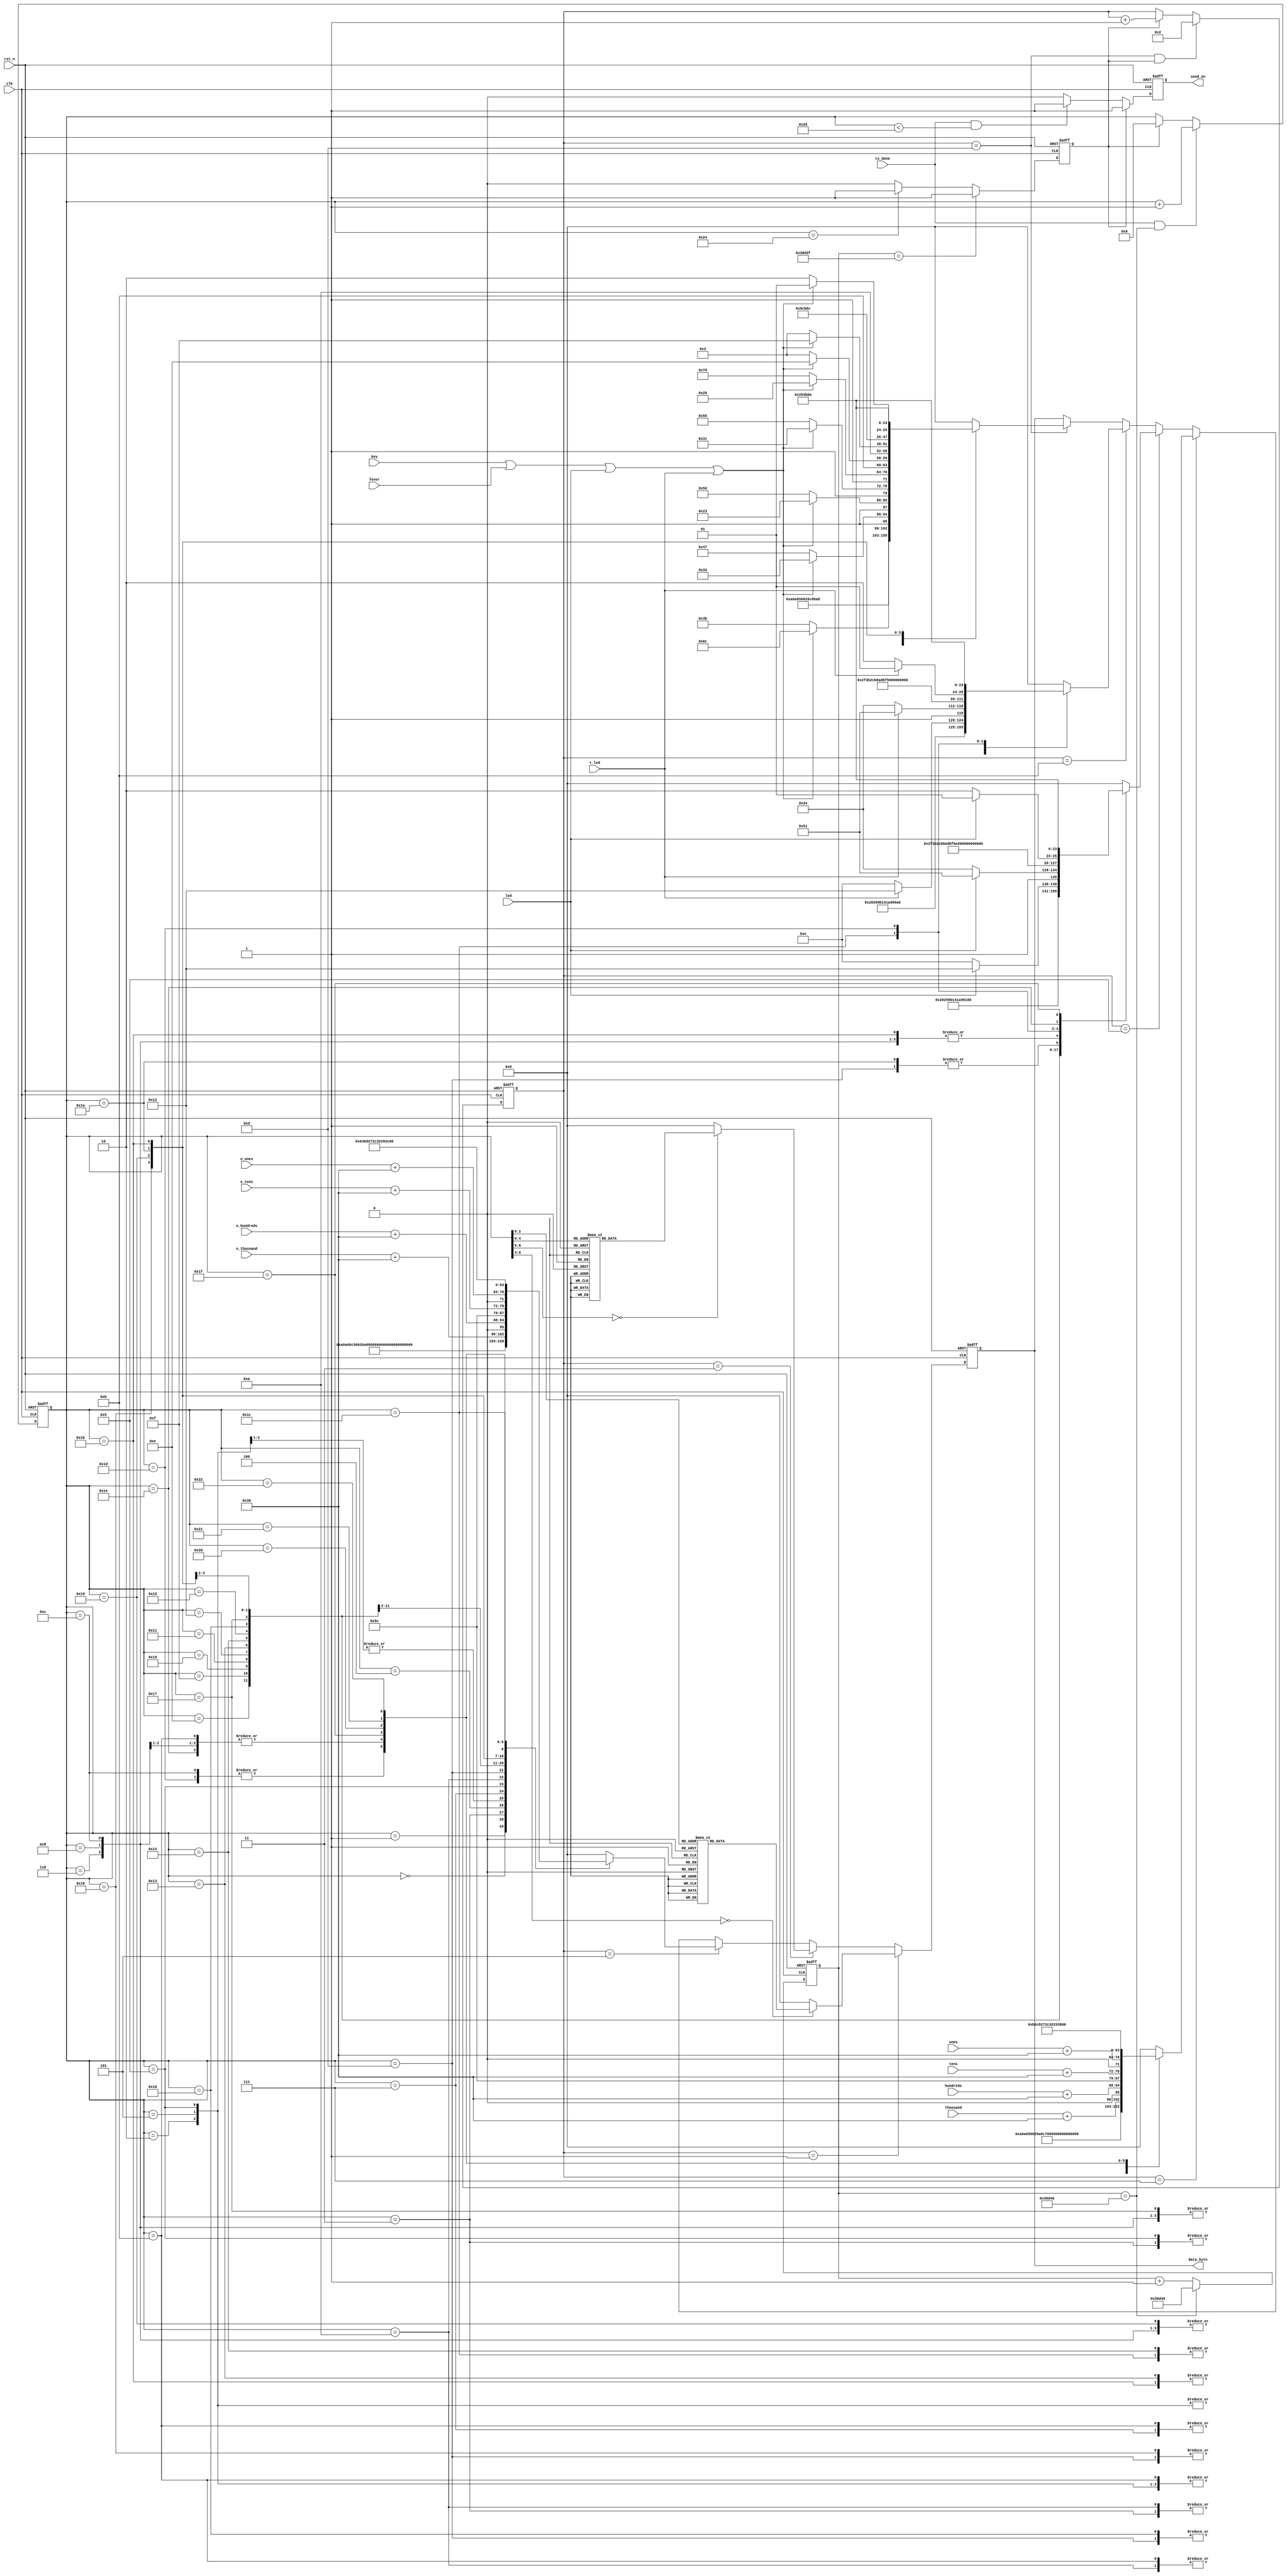
`timescale 1ns / 1ps
//////////////////////////////////////////////////////////////////////////////////
// Company: 
// Engineer: 
// 
// Design Name: 
// Module Name:    tx 
// Project Name: 
// Target Devices: 
// Tool versions: 
// Description: 
//
// Dependencies: 
//
// Revision: 
// Revision 0.01 - File Created
// Additional Comments: 
//
//////////////////////////////////////////////////////////////////////////////////
module tx(clk,rst_n,key,send_en,data_byte,tx_done,fever,led,t_led,o_hundreds,o_ones,o_tens,o_thousand,thousand,hundreds,tens,ones
);
input clk;
input rst_n;
input tx_done;
input key;
input fever;
input led;
input t_led;
input [3:0]	o_thousand	;
input [3:0]	o_hundreds 	;
input [3:0]	o_tens		;
input [3:0]	o_ones		; 
input [3:0]	thousand	;
input [3:0]	hundreds 	;
input [3:0]	tens		;
input [3:0]	ones		;

output reg send_en;
output reg [7:0] data_byte;


wire st;
assign st=key|fever|led|t_led;

reg key_tmp0,key_tmp1,key_tmp2;
reg fever0,fever1,fever2;
reg led_r0,led_r1,led_r2;
reg t_led0,t_led1,t_led2;
reg [8:0] cnt1;

parameter CT=200_000;


reg [20:0] cntr;
always@(posedge clk or negedge rst_n)
if(!rst_n)
cntr<=0;
else if(cntr==CT)
cntr<=CT;
else 
cntr<=cntr+1;



reg clr;
always@(posedge clk or negedge rst_n)
if(!rst_n)
clr<=0;
else if(cntr==CT-1)
clr<=1;
else if(cnt1=='d36)
clr<=1;
else
clr<=0;

reg [3:0] cnt;
always@(posedge clk or negedge rst_n)
if(!rst_n)
cnt<=0;
else if(cnt==13&&clr==1)
cnt<='d2;
else if(clr==1)
cnt<=cnt+1'b1;


parameter
    byte1=8'h43,//C
	byte2=8'h4C,//L
	byte3=8'h53,//S
	byte4=8'h28,//(
	byte5=8'h29,//)
	byte6=8'h3B,//;
	byte7=8'h42,//B
	byte8=8'h50,//P
	byte9=8'h49,//I
	byte10=8'h2C,//,
	byte11=8'h27,//'   '
	byte12=8'h4F,//O
	
	byte14=8'hBC,
	byte15=8'hEC,//
	byte16=8'hB2,
	byte17=8'hE2,//
	byte18=8'hCA,
	byte19=8'hFD,//
	byte20=8'hD1,
	byte21=8'hE6,//
	byte22=8'hBB,
	byte23=8'hF0,//
	byte24=8'h20,
	byte25=8'h2E,//.
	
	byte26=8'hD3,
	byte27=8'hE0,//
	byte28=8'hC1,
	byte29=8'hBF,//
	byte30=8'hCE,
	byte31=8'hC2,//
	byte32=8'hB6,
	byte33=8'hC8,//
	byte34=8'hCD,
	byte35=8'hB0,//
	byte36=8'hC4,
	byte37=8'hDA,//
	byte38=8'hCE,
	byte39=8'hB4,//
	byte40=8'hD2,
	byte41=8'hD1,//
	byte42=8'hB5,
	byte43=8'hBD,//
	byte45=8'hD2,
	byte46=8'hEC,//
	byte47=8'hB3,
	byte48=8'hA3,//
	byte49=8'hB1,
	byte50=8'hA8,//
	byte51=8'hBE,
	byte52=8'hAF,//
	byte53=8'hD2,
	byte54=8'hBB,//
	byte55=8'hC7,
	byte56=8'hD0,//
	byte57=8'hD5,
	byte58=8'hFD,//
	byte59=8'hB3,
	byte60=8'hA3,//
	byte61=8'hBE,
	byte62=8'hDD,//
	byte63=8'h3A,//
	
	byte64=8'h63,//c
	byte65=8'h6D,//m
	byte66=8'h86,
	byte67=8'hC8,//

	byte13=8'h0A;//
	
always@(posedge clk or negedge rst_n)
if(!rst_n)
cnt1<=0;
else if (tx_done&&cntr==CT)
cnt1<=cnt1+1'b1;
else if(clr)
cnt1<=0;

	
always@(posedge clk or negedge rst_n)
if(!rst_n)
send_en<=0;
else if(clr)
send_en<=1'b1;
else if(tx_done&(cnt1<38))//30
send_en<=1'b1;
else
send_en<=0;	

always@(posedge clk or negedge rst_n)
if(!rst_n)
data_byte=0;
else 
if(cnt=='d1)
case(cnt1)
0 : data_byte=byte1;
1 : data_byte=byte2;
2 : data_byte=byte3;
3 : data_byte=byte4;
4 : data_byte='d48;
5 : data_byte=byte5;
6 : data_byte=byte6;
7 : data_byte=byte13;
default : data_byte=0;
endcase
else if(cnt=='d3)
case(cnt1)
0 : data_byte=byte8;
1 : data_byte=byte3;
2 : data_byte='d49;
3 : data_byte='d54;
4 : data_byte=byte4;
5 : data_byte='d49;
6 : data_byte=byte10;
7 : data_byte='d53;
8 : data_byte=byte10;
9 : data_byte='d53;
10 : data_byte=byte10;
11 : data_byte=byte11;
12 : data_byte=byte18;
13 : data_byte=byte19;
14 : data_byte=byte61;
15 : data_byte=byte62;
16 : data_byte=byte14;
17 : data_byte=byte15;
18 : data_byte=byte16;
19 : data_byte=byte17;
20 : data_byte=byte63;
21 : data_byte=byte11;
22 : data_byte=byte10;
23 : data_byte='d53;
24 : data_byte=byte5;
25 : data_byte=byte6;
26 : data_byte=byte13;
default : data_byte=0;
endcase
else if(cnt=='d5)
case(cnt1)
0 : data_byte=byte8;
1 : data_byte=byte3;
2 : data_byte='d49;
3 : data_byte='d54;
4 : data_byte=byte4;
5 : data_byte='d49;
6 : data_byte=byte10;
7 : data_byte='d53;
8 : data_byte=byte10;
9 : data_byte='d51;
10 : data_byte='d55;
11 : data_byte=byte10;
12 : data_byte=byte11;
13 : data_byte=byte34;
14 : data_byte=byte35;
15 : data_byte=byte36;
16 : data_byte=byte37;
17 : data_byte=byte26;
18 : data_byte=byte27;
19 : data_byte=byte28;
20 : data_byte=byte29;
21 : data_byte=byte63;
22 : data_byte=o_thousand+48;
23 : data_byte=o_hundreds+48;
24 : data_byte=byte25;
25 : data_byte=o_tens+48;
26 : data_byte=o_ones+48;
27 : data_byte=byte64;
28 : data_byte=byte65;
29 : data_byte=byte11;
30 : data_byte=byte10;
31 : data_byte='d50;
32 : data_byte=byte5;
33 : data_byte=byte6;
34 : data_byte=byte13;
default : data_byte=0;
endcase
else if(cnt=='d7)
case(cnt1)
0 : data_byte=byte8;
1 : data_byte=byte3;
2 : data_byte='d49;
3 : data_byte='d54;
4 : data_byte=byte4;
5 : data_byte='d49;
6 : data_byte=byte10;
7 : data_byte='d53;
8 : data_byte=byte10;
9 : data_byte='d54;
10 : data_byte='d57;
11 : data_byte=byte10;
12 : data_byte=byte11;
13 : data_byte=byte34;
14 : data_byte=byte35;
15 : data_byte=byte36;
16 : data_byte=byte37;
17 : data_byte=byte30;
18 : data_byte=byte31;
19 : data_byte=byte32;
20 : data_byte=byte33;
21 : data_byte=byte63;
22 : data_byte=thousand+48;
23 : data_byte=hundreds+48;
24 : data_byte=byte25;
25 : data_byte=tens+48;
26 : data_byte=ones+48;
27 : data_byte=byte32;
28 : data_byte=byte33;
29 : data_byte=byte11;
30 : data_byte=byte10;
31 : data_byte='d50;
32 : data_byte=byte5;
33 : data_byte=byte6;
34 : data_byte=byte13;
default : data_byte=0;
endcase
else if(cnt=='d9)
case(cnt1)
0 : data_byte=byte8;
1 : data_byte=byte3;
2 : data_byte='d49;
3 : data_byte='d54;
4 : data_byte=byte4;
5 : data_byte='d49;
6 : data_byte=byte10;
7 : data_byte='d53;
8 : data_byte=byte10;
9 : data_byte='d49;
10 : data_byte='d48;
11 : data_byte='d49;
12 : data_byte=byte10;
13 : data_byte=byte11;
14 : if(led) 
      data_byte=byte40;
      else
	    data_byte=byte38;
15 :  if(led) 
      data_byte=byte41;
      else 
	    data_byte=byte39;
16 : data_byte=byte14;
17 : data_byte=byte15;
18 : data_byte=byte16;
19 : data_byte=byte17;
20 : data_byte=byte42;
21 : data_byte=byte43;
22 : data_byte=byte22;
23 : data_byte=byte23;
24 : data_byte=byte20;
25 : data_byte=byte21;
26 : data_byte=byte11;
27 : data_byte=byte10;
28 :if(led) 
      data_byte='d49;
      else
	    data_byte='d50; 
29 : data_byte=byte5;
30 : data_byte=byte6;
31 : data_byte=byte13;
default : data_byte=0;
endcase
else if(cnt=='d11)
case(cnt1)
0 : data_byte=byte8;
1 : data_byte=byte3;
2 : data_byte='d49;
3 : data_byte='d54;
4 : data_byte=byte4;
5 : data_byte='d49;
6 : data_byte=byte10;
7 : data_byte='d53;
8 : data_byte=byte10;
9 : data_byte='d49;
10 : data_byte='d51;
11 : data_byte='d51;
12 : data_byte=byte10;
13 : data_byte=byte11;
14 : if(t_led) 
      data_byte=byte40;
      else
	    data_byte=byte38;
15 :  if(t_led) 
      data_byte=byte41;
      else 
	    data_byte=byte39;
16 : data_byte=byte14;
17 : data_byte=byte15;
18 : data_byte=byte16;
19 : data_byte=byte17;
20 : data_byte=byte42;
21 : data_byte=byte43;
22 : data_byte=byte1;
23 : data_byte=byte12;
24 : data_byte=byte11;
25 : data_byte=byte10;
26 :if(t_led) 
      data_byte='d49;
      else
	    data_byte='d50; 
27 : data_byte=byte5;
28 : data_byte=byte6;
29 : data_byte=byte13;
default : data_byte=0;
endcase
else if(cnt=='d13)
case(cnt1)
0 : data_byte=byte8;
1 : data_byte=byte3;
2 : data_byte='d49;
3 : data_byte='d54;
4 : data_byte=byte4;
5 : data_byte='d49;
6 : data_byte=byte10;
7 : data_byte='d53;
8 : data_byte=byte10;
9 : data_byte='d49;
10 : data_byte='d54;
11 : data_byte='d53;
12 : data_byte=byte10;
13 : data_byte=byte11;
14 : if(st) 
      data_byte=byte45;
      else
	    data_byte=byte53;
15 :  if(st) 
      data_byte=byte46;
      else 
	    data_byte=byte54;
16 : if(st) 
      data_byte=byte47;
      else
	    data_byte=byte55;
17 : if(st) 
      data_byte=byte48;
      else
	    data_byte=byte56;
18 : if(st) 
      data_byte=byte49;
      else
	    data_byte=byte57;
19 : if(st) 
      data_byte=byte50;
      else
	    data_byte=byte58;
20 : if(st) 
      data_byte=byte51;
      else
	    data_byte=byte59;
21 : if(st) 
      data_byte=byte52;
      else
	    data_byte=byte60;
22 : data_byte=byte11;
23 : data_byte=byte10;
24 :if(st) 
      data_byte='d49;
      else
	    data_byte='d50; 
25 : data_byte=byte5;
26 : data_byte=byte6;
27 : data_byte=byte13;
default : data_byte=0;
endcase
endmodule